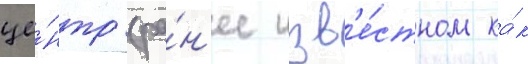
це́нтр (ра́н'ее изв'е́стном ка́к